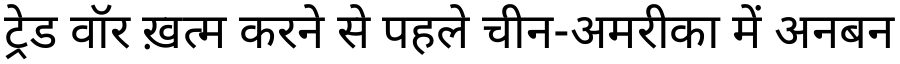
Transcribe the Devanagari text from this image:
ट्रेड वॉर ख़त्म करने से पहले चीन-अमरीका में अनबन